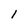
Character: 1